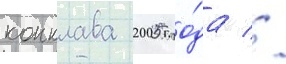
конклава 2005 го́да //